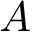
A